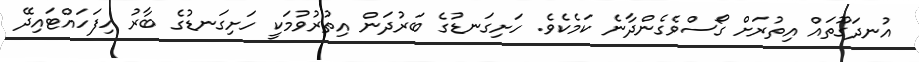
އުނދަގޫތައް އިތުރަށް ގޯސްވެގެންދާނެ ކަމެކެވެ. ހަށިގަނޑުގެ ބަރުދަން އިތުރުވުމަކީ ހަށިގަނޑުގެ ބާރު ހިފަހައްޓައިދޭ